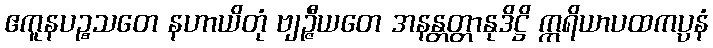
ဧကူနပဉ္စသတေ နဟာယိတုံ ဗျဉ္ဇီယတေ အနန္တတ္တာနုဒိဋ္ဌိ ဣရိယာပထကပ္ပနံ